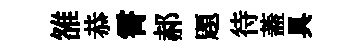
雒恭霄郝題待蓋具